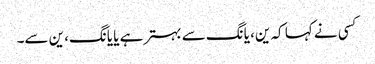
کسی نے کہا کہ ین، یانگ سے بہتر ہے یا یانگ، ین سے۔